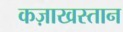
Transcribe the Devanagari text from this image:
कज़ाखस्तान